画像に写った文字を読んでください
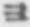
「ヨ」と書いてあります